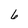
Character: 6